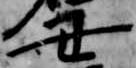
丑